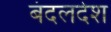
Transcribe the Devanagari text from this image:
बंदलदेश